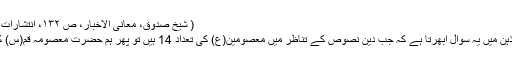
( شیخ صدوق، معانی الاخبار، ص ۱۳۲، انتشارات جامعه مدرسین قم، ۱۳۶۱ ھ)
اب ہمارے بعض قارئین کی ذہن میں یہ سوال ابھرتا ہے کہ جب دین نصوص کے تناظر میں معصومین(ع) کی تعداد 14 ہیں تو پھر ہم حضرت معصومہ قم(س) کو معصومہ کیوں کہتے ہیں؟